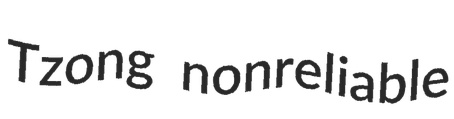
Tzong nonreliable